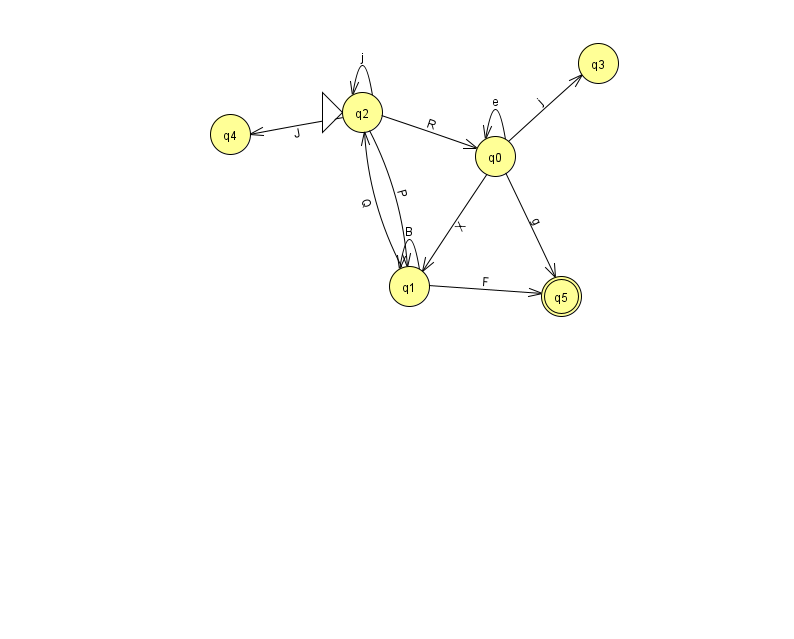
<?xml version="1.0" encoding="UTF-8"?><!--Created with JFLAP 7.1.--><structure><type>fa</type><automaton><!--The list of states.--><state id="0" name="q0"><x>495.0</x><y>143.0</y></state><state id="1" name="q1"><x>409.0</x><y>273.0</y></state><state id="2" name="q2"><x>362.0</x><y>99.0</y><initial/></state><state id="3" name="q3"><x>598.0</x><y>50.0</y></state><state id="4" name="q4"><x>230.0</x><y>121.0</y></state><state id="5" name="q5"><x>561.0</x><y>283.0</y><final/></state><!--The list of transitions.--><transition><from>1</from><to>1</to><read>B</read></transition><transition><from>0</from><to>5</to><read>g</read></transition><transition><from>1</from><to>2</to><read>Q</read></transition><transition><from>0</from><to>0</to><read>e</read></transition><transition><from>0</from><to>3</to><read>j</read></transition><transition><from>1</from><to>5</to><read>F</read></transition><transition><from>2</from><to>1</to><read>P</read></transition><transition><from>2</from><to>0</to><read>R</read></transition><transition><from>0</from><to>1</to><read>X</read></transition><transition><from>2</from><to>2</to><read>j</read></transition><transition><from>2</from><to>4</to><read>J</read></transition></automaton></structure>